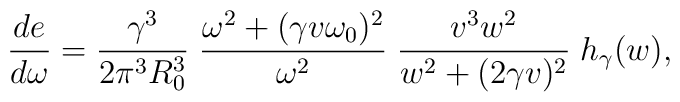
\frac{d e}{d\omega}= \frac{\gamma ^3}{2\pi ^3 R_{0}^{3}} \; \frac{\omega ^2+(\gamma v \omega _{0})^2}{\omega ^2} \; \frac{v^3w^2}{w^2+(2\gamma v)^2} \; h_{\gamma}(w),